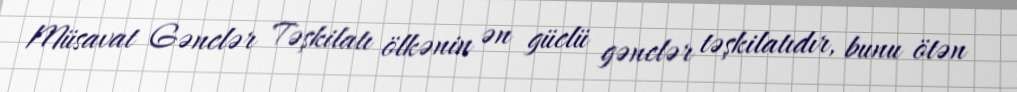
Müsavat Gənclər Təşkilatı ölkənin ən güclü gənclər təşkilatıdır, bunu ötən